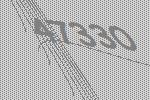
47330